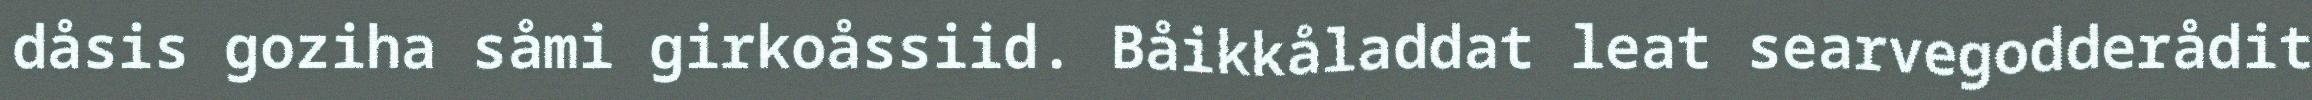
dåsis goziha såmi girkoåssiid. Båikkåladdat leat searvegodderådit